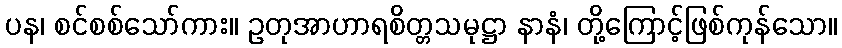
ပန၊ စင်စစ်သော်ကား။ ဥတုအာဟာရစိတ္တသမုဋ္ဌာ နာနံ၊ တို့ကြောင့်ဖြစ်ကုန်သော။